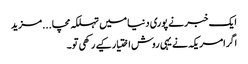
ایک خبر نے پوری دنیا میں تہلکہ مچا...مزید
اگرامریکہ نے یہی روش اختیار کیے رکھی تو۔